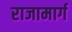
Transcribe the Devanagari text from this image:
राजामार्ग